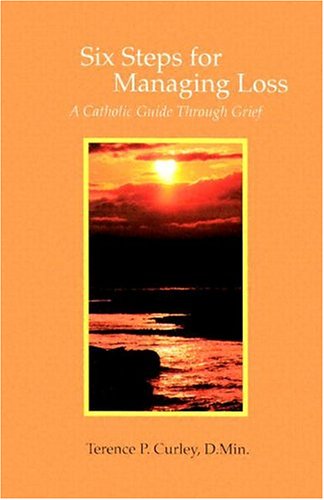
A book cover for Six Steps for Managing Loss: A Catholic Guide Through Grief; Terence P. Curley; Christian Books & Bibles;